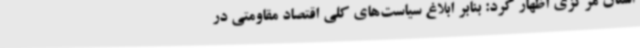
استان مرکزی اظهار کرد: بنابر ابلاغ سیاست‌های کلی اقتصاد مقاومتی در